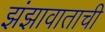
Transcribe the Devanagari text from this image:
झंझावाताची